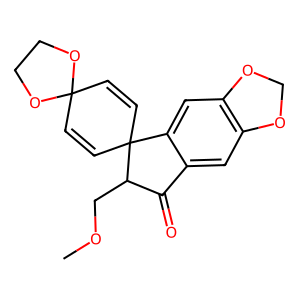
SMILES: COCC1C(=O)c2cc3c(cc2C12C=CC1(C=C2)OCCO1)OCO3
Inhibits HIV replication: No